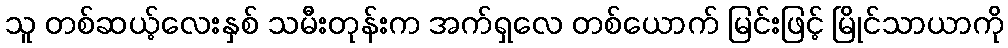
သူ တစ်ဆယ့်လေးနှစ် သမီးတုန်းက အက်ရှလေ တစ်ယောက် မြင်းဖြင့် မြိုင်သာယာကို